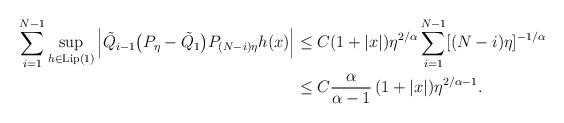
LaTeX: \begin{align*} \sum_{i=1}^{N-1}\sup_{h\in\mathrm{Lip}(1)}\left|\tilde{Q}_{i-1}\big(P_{\eta}-\tilde{Q}_{1}\big) P_{(N-i)\eta}h(x)\right| &\leq C(1+|x|)\eta^{2/\alpha} \sum_{i=1}^{N-1}[(N-i)\eta]^{-1/\alpha}\\ &\leq C\frac{\alpha}{\alpha-1}\,(1+|x|)\eta^{2/\alpha-1}.\end{align*}